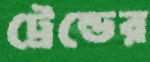
ট্রেন্ডের